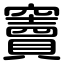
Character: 竇